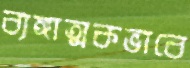
ব্যঙ্গাত্মকভাবে